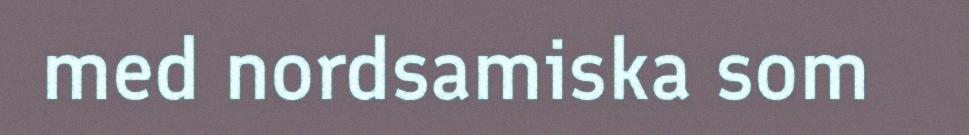
med nordsamiska som